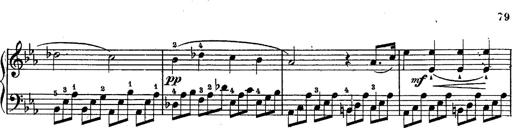
Title: Schubert's Impromptus [revised and edited by Franz Liszt]
Composer: Franz Liszt